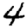
Digit: 4